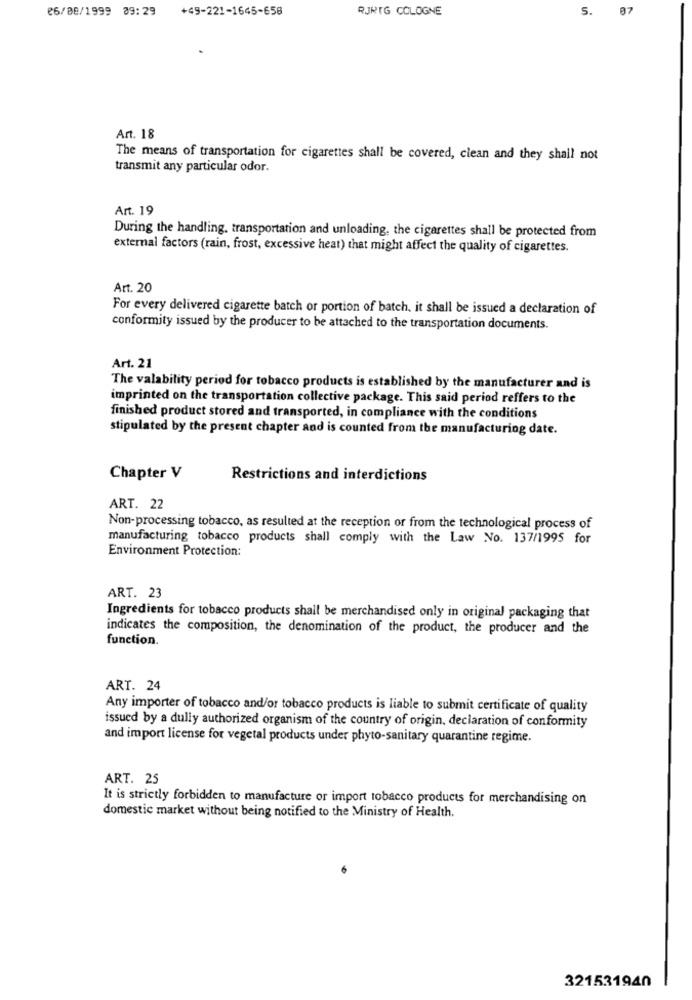
26/08/1999 09:29
+49-221-1645-658
RJRTG COLOGNE
S.
07
Art. 18
The means of transportation for cigarettes shall be covered, clean and they shall not
transmit any particular odor.
Art. 19
During the handling, transportation and unloading, the cigarettes shall be protected from
external factors (rain, frost, excessive heat) that might affect the quality of cigarettes.
Art. 20
For every delivered cigarette batch or portion of batch, it shall be issued a declaration of
conformity issued by the producer to be attached to the transportation documents.
Art. 21
The valability period for tobacco products is established by the manufacturer and is
imprinted on the transportation collective package. This said period reffers to the
finished product stored and transported, in compliance with the conditions
stipulated by the present chapter and is counted from the manufacturing date.
Chapter V
Restrictions and interdictions
ART. 22
Non-processing tobacco, as resulted at the reception or from the technological process of
manufacturing tobacco products shall comply with the Law No. 137/1995 for
Environment Protection:
ART. 23
Ingredients for tobacco products shall be merchandised only in original packaging that
indicates the composition, the denomination of the product, the producer and the
function.
ART. 24
Any importer of tobacco and/or tobacco products is liable to submit certificate of quality
issued by a dully authorized organism of the country of origin, declaration of conformity
and import license for vegetal products under phyto-sanitary quarantine regime.
ART. 25
It is strictly forbidden to manufacture or import tobacco products for merchandising on
domestic market without being notified to the Ministry of Health.
321531940